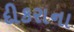
દીકરાના